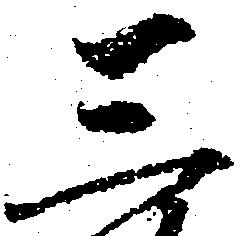
三